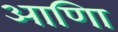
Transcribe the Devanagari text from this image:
आणिा